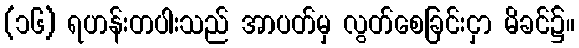
(၁၆) ရဟန်းတပါးသည် အာပတ်မှ လွတ်စေခြင်းငှာ မိခင်၌။